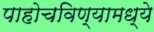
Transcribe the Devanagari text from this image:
पाहोचविण्यामध्ये